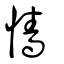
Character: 懎